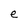
Character: e